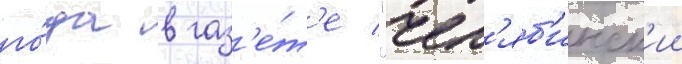
го́да в газ'е́т'е "чел'яб'инск'ии